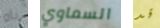
ياو السماوي قد